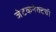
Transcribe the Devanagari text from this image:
जेटकनेक्टची